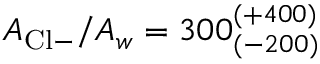
A _ { \mathrm { C l } - } / A _ { w } = 3 0 0 _ { ( - 2 0 0 ) } ^ { ( + 4 0 0 ) }